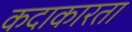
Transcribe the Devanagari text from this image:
कदाकारता